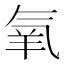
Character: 氧